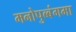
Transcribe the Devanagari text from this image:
मनोपुब्बंगमा